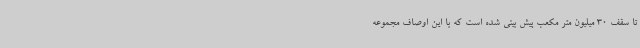
تا سقف 30 میلیون متر مکعب پیش بینی شده است که با این اوصاف مجموعه